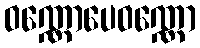
ဝဏ္ဏောပေဝဏ္ဏော